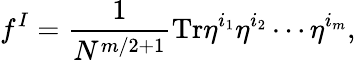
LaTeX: f^{I}=\frac{1}{N^{m/2+1}}\mathrm{Tr}\eta^{i_{1}}\eta^{i_{2}}\cdots\eta^{i_{m}},